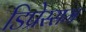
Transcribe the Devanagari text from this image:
डिप्रेस्सम